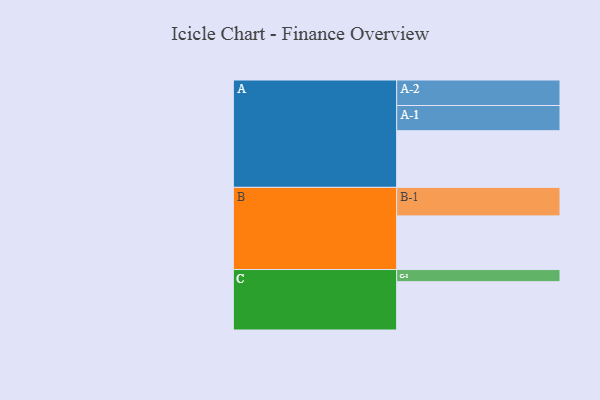
{"axis": {"x": "Segment", "y": "Value"}, "legend": ["", "A", "B", "C"], "data": [{"x": "A", "y": 564, "type": ""}, {"x": "B", "y": 534, "type": ""}, {"x": "C", "y": 481, "type": ""}, {"x": "A-1", "y": 251, "type": "A"}, {"x": "A-2", "y": 254, "type": "A"}, {"x": "B-1", "y": 284, "type": "B"}, {"x": "C-1", "y": 121, "type": "C"}]}